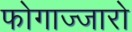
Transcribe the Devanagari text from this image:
फोगाज्जारो